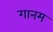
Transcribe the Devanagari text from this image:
गानम